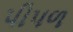
પીપળ